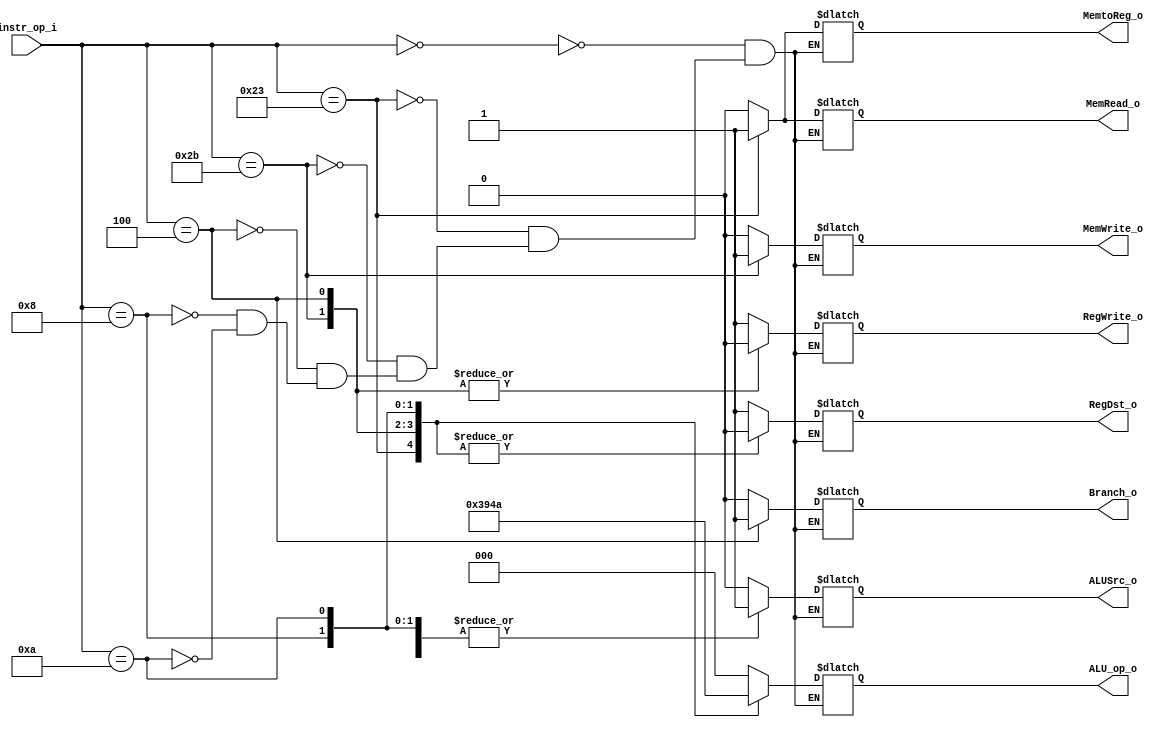
//Subject:     Architecture project 2 - Decoder
//--------------------------------------------------------------------------------
//Version:     1
//--------------------------------------------------------------------------------
//Writer:      
//----------------------------------------------
//Date:        
//----------------------------------------------
//Description: 
//--------------------------------------------------------------------------------

module Decoder(
    instr_op_i,
	RegWrite_o,
	ALU_op_o,
	ALUSrc_o,
	RegDst_o,
	Branch_o,
	MemWrite_o,
	MemRead_o,
	MemtoReg_o
	);
     
//I/O ports
input  [6-1:0] instr_op_i;

output         RegWrite_o;
output [3-1:0] ALU_op_o;
output         ALUSrc_o;
output         RegDst_o;
output         Branch_o;
output		   MemWrite_o;
output		   MemRead_o;
output		   MemtoReg_o;
 
//Internal Signals
reg    [3-1:0] ALU_op_o;
reg            ALUSrc_o;
reg            RegWrite_o;
reg            RegDst_o;
reg            Branch_o;
reg			   MemWrite_o;
reg			   MemRead_o;
reg			   MemtoReg_o;

//Parameter


//Main function
always@(*) begin
	case(instr_op_i)
		6'b000000: begin		// R-type
			RegWrite_o = 1;
			ALU_op_o = 3'b000;
			ALUSrc_o = 0;
			RegDst_o = 1;
			Branch_o = 0;
			MemWrite_o = 0;
			MemRead_o = 0;
			MemtoReg_o = 0;
		end
		
		6'b100011: begin		// lw
			RegWrite_o = 1;
			ALU_op_o = 3'b011;
			ALUSrc_o = 1;
			RegDst_o = 0;
			Branch_o = 0;
			MemWrite_o = 0;
			MemRead_o = 1;
			MemtoReg_o = 1;
		end
		
		6'b101011: begin		// sw
			RegWrite_o = 0;
			ALU_op_o = 3'b100;
			ALUSrc_o = 1;
			RegDst_o = 0;
			Branch_o = 0;
			MemWrite_o = 1;
			MemRead_o = 0;
			MemtoReg_o = 0;
		end
		
		6'b000100: begin		// beq
			RegWrite_o = 0;
			ALU_op_o = 3'b101;
			ALUSrc_o = 0;
			RegDst_o = 0;
			Branch_o = 1;
			MemWrite_o = 0;
			MemRead_o = 0;
			MemtoReg_o = 0;
		end
		
		6'b001000: begin		// addi
			RegWrite_o = 1;
			ALU_op_o = 3'b001;
			ALUSrc_o = 1;
			RegDst_o = 0;
			Branch_o = 0;
			MemWrite_o = 0;
			MemRead_o = 0;
			MemtoReg_o = 0;
		end
		
		6'b001010: begin		// slti
			RegWrite_o = 1;
			ALU_op_o = 3'b010;
			ALUSrc_o = 1;
			RegDst_o = 0;
			Branch_o = 0;
			MemWrite_o = 0;
			MemRead_o = 0;
			MemtoReg_o = 0;
		end
	endcase
end

endmodule